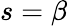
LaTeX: s=\beta